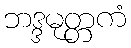
ဘဒ္ဒမုတ္တကံ